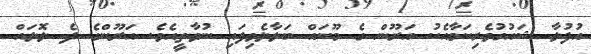
އުފުލާ ޝައުގުވެރިކަމާއެކު އަރޫން ގެ މޫނައް ބަލާލެވިފައި ނުވާތީއެވެ. އަރޫންގެ ދެ ލޮލައް